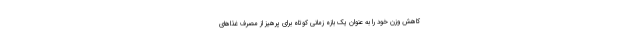
کاهش وزن خود را به عنوان یک بازه زمانی کوتاه برای پرهیز از مصرف غذاهای